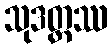
သုဒတ္တဿ